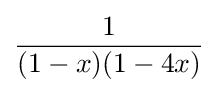
{\frac {1}{(1-x)(1-4x)}}